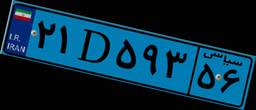
۹۰D۴۵۵۲۸